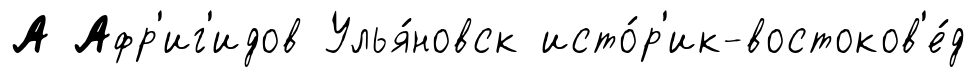
А Афр'иг'идов Улья́новск исто́р'ик-востоков'е́д